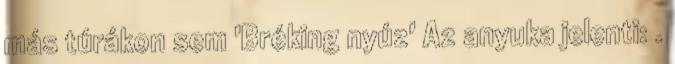
más túrákon sem 'Bréking nyúz' Az anyuka jelenti: .